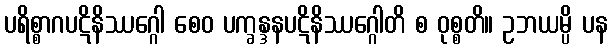
ပရိစ္စာဂပဋိနိဿဂ္ဂေါ စေဝ ပက္ခန္ဒနပဋိနိဿဂ္ဂေါတိ စ ဝုစ္စတိ။ ဥဘယမ္ပိ ပန